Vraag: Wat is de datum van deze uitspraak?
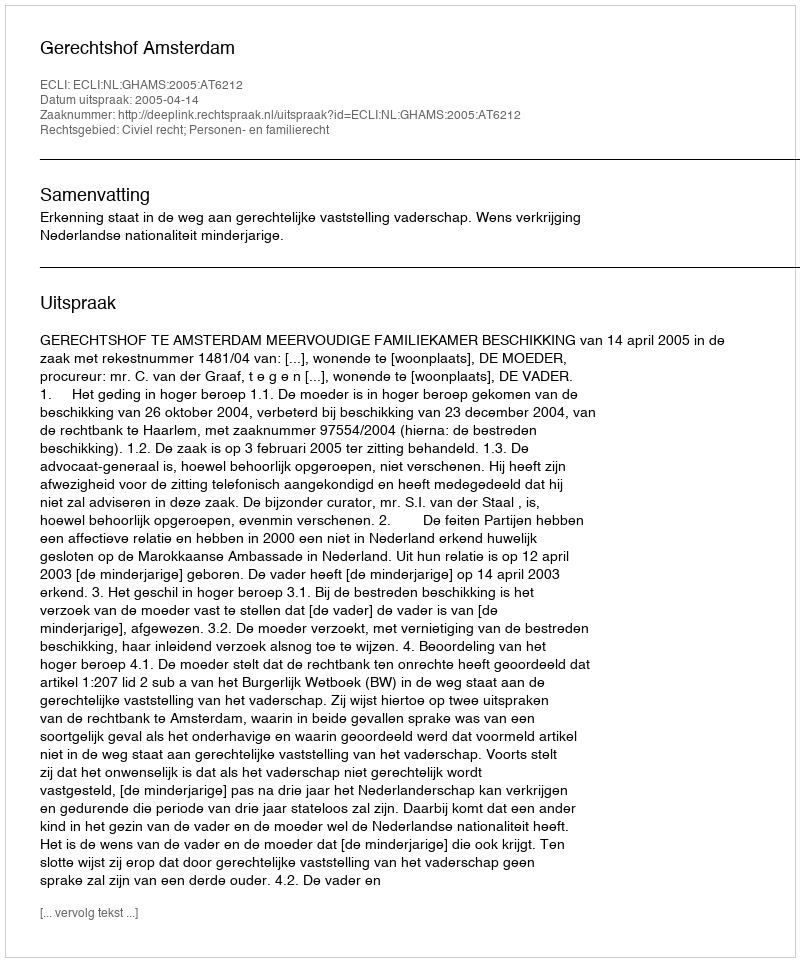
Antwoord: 2005-04-14